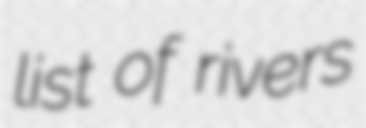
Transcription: list of rivers